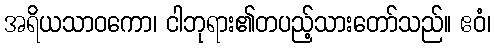
အရိယသာဝကော၊ ငါဘုရား၏တပည့်သားတော်သည်။ ဧဝံ၊